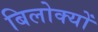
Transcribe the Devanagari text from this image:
बिलोक्‍यों